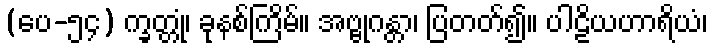
(ပေ-၅၄) က္ခတ္တုံ၊ ခုနစ်ကြိမ်။ အဗ္ဗုဂန္တာ၊ ပြတတ်၍။ ပါဠိယဟာရိယံ၊